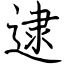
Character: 逮